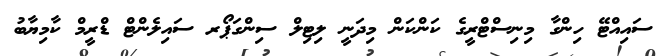
ސައިއްޓޭ ހިންގާ މިނިސްޓްރީގެ ކަންކަން މިދަނީ ލިޓިލް ސިންގަޕޯރ ސައިލެންޓް ޑްރީމް ކާމިޔާބު